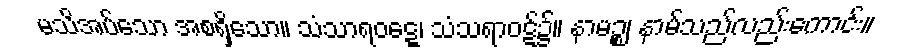
မသိအပ်သော အစရှိသော။ သံသာရဝဋ္ဋေ၊ သံသရာဝဋ်၌။ နာမဉ္စ၊ နာမ်သည်လည်းကောင်း။